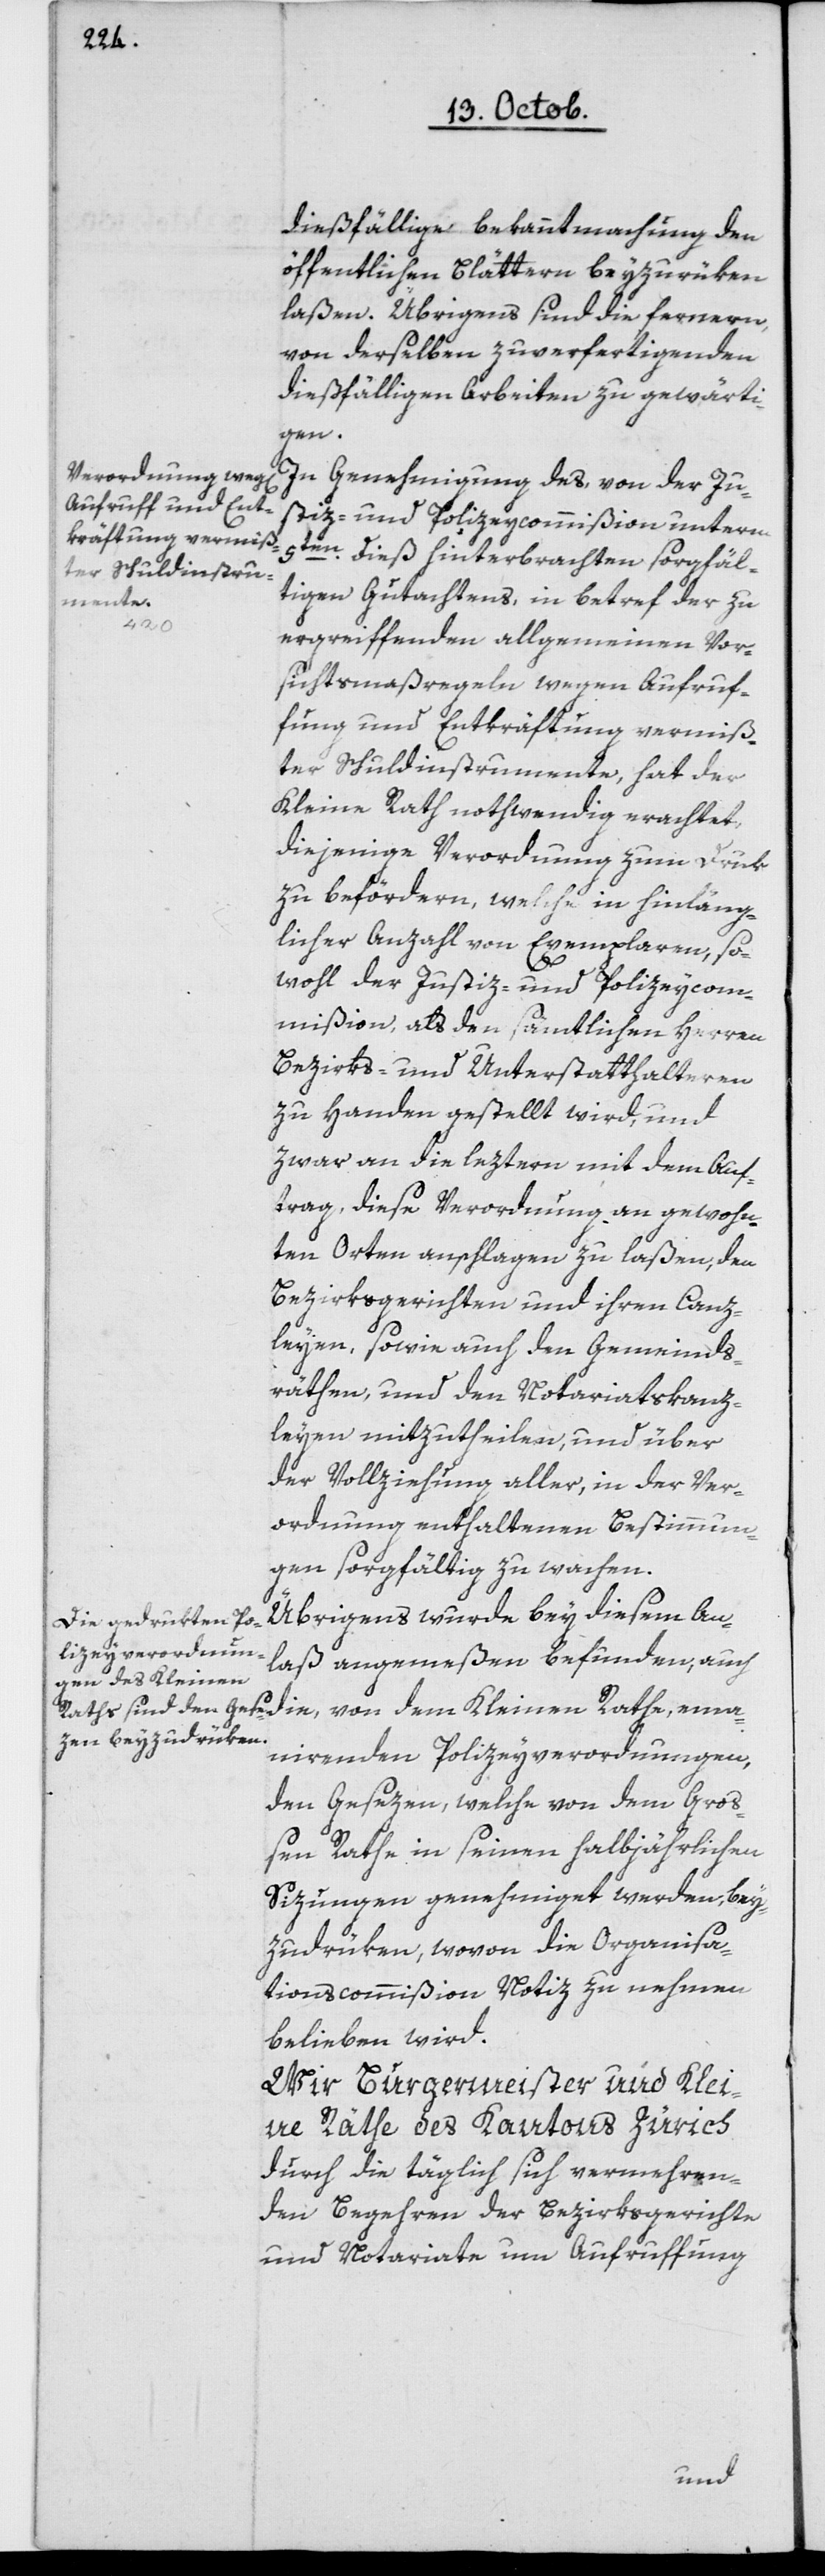
dießfällige bekanntmachung den
öffentlichen Blättern beyzurüken
laßen. Übrigens sind die ferneren,
von derselben zu verfertigenden
dießfälligen Arbeiten zu gewärti¬
gen.
In Genehmigung des, von der Ju¬
stiz- und Polizeycommißion unterm
5ten dieß hinterbrachten sorgfäl¬
tigen Gutachtens, in Betref der zu
ergreiffenden allgemeinen Vor¬
sichtsmaßregeln wegen Aufruf¬
ung und Entkräftung vermiß¬
ter Schuldinstrumente, hat der
Kleine Rath nothwendig erachtet,
diejenige Verordnung zum Druk
zu befördern, welche in hinläng¬
licher Anzahl von Exemplaren, so¬
wohl der Justiz- und Polizeycom¬
mißion, als den sämtlichen Herren
Bezirks- und Unterstatthalteren
zu Handen gestellt wird, und
zwar an die leztern mit dem Auf¬
trag, diese Verordnung an gewohn¬
ten Orten anschlagen zu laßen, den
Bezirksgerichten und ihren Canz¬
leyen, sowie auch den Gemeinds¬
räthen und den Nothariatskanz¬
leyen mitzutheilen, und über
der Vollziehung aller, in der Ver¬
ordnung enthaltenen Bestimmun¬
gen sorgfältig zu wachen.
Übrigens wurde bey diesem An¬
laß angemeßen befunden, auch
von dem Kleinen
emanirenden Polizeyverordnungen,
den Gesezen, welche von dem Gro¬
ßen Rathe in seinen halbjährlichen
Sizungen genehmiget werden, bey¬
zudrüken, wovon die Organisa¬
tionscommißion Notiz zu nehmen
belieben wird.
Wir Burgermeister und Klei¬
ne Räte des Kantons Zürich
durch die täglich sich vermehren¬
den Begehren der Bezirksgerichte
und Nothariate um Aufruffung